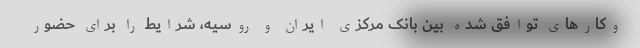
وکارهای توافق شده بین بانک مرکزی ایران و روسیه، شرایط را برای حضور